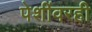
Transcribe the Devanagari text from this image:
पेशींवरही